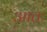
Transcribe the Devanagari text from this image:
आतः